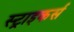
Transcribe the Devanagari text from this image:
स्‍ट्राइकर्स